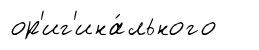
ор'иг'ина́льного